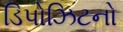
ડિપોઝિટનો